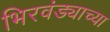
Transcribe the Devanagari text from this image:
भिरवंड्याच्या